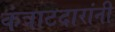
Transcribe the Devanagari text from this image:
कंत्राटदारांनी